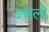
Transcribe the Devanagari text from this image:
उबालो